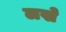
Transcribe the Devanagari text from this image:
लखे